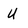
Character: U